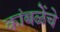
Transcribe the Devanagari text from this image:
कांबळेेंचे